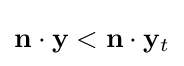
\mathbf {n} \cdot \mathbf {y} <\mathbf {n} \cdot \mathbf {y} _{t}